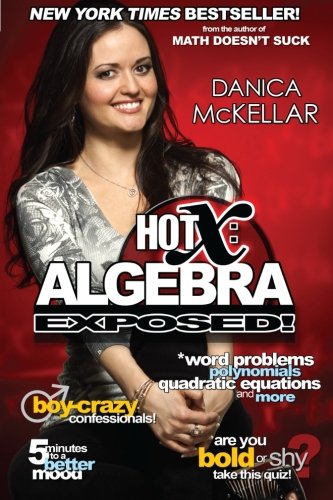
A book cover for Hot X: Algebra Exposed!; Danica McKellar; Science & Math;